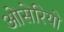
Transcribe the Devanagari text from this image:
ओसेरियो